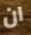
ان